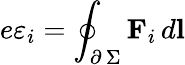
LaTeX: e\varepsilon_{i}=\oint_{\scriptstyle\partial\, \Sigma}\textbf{F}_{i}\, d\textbf{l}